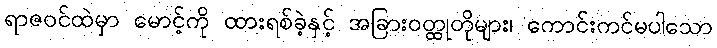
ရာဇဝင်ထဲမှာ မောင့်ကို ထားရစ်ခဲ့နှင့် အခြားဝတ္ထုတိုများ၊ ကောင်းကင်မပါသော